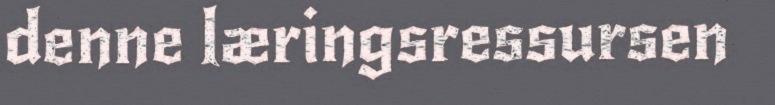
denne læringsressursen